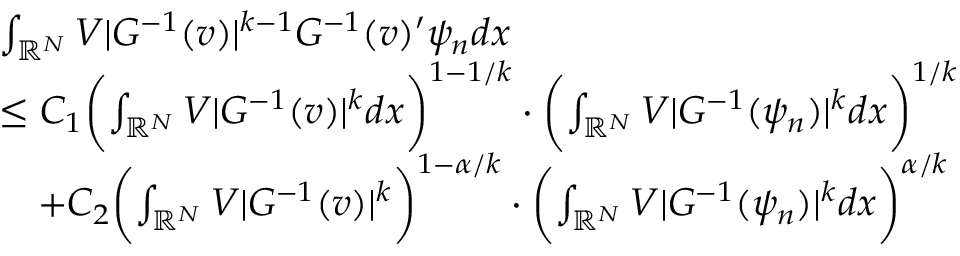
\begin{array} { r l } & { \int _ { \mathbb { R } ^ { N } } V | G ^ { - 1 } ( v ) | ^ { k - 1 } G ^ { - 1 } ( v ) ^ { \prime } \psi _ { n } d x } \\ & { \le C _ { 1 } \biggl ( \int _ { \mathbb { R } ^ { N } } V | G ^ { - 1 } ( v ) | ^ { k } d x \biggr ) ^ { 1 - 1 / k } \cdot \biggl ( \int _ { \mathbb { R } ^ { N } } V | G ^ { - 1 } ( \psi _ { n } ) | ^ { k } d x \biggr ) ^ { 1 / k } } \\ & { \quad + C _ { 2 } \biggl ( \int _ { \mathbb { R } ^ { N } } V | G ^ { - 1 } ( v ) | ^ { k } \biggr ) ^ { 1 - \alpha / k } \cdot \biggl ( \int _ { \mathbb { R } ^ { N } } V | G ^ { - 1 } ( \psi _ { n } ) | ^ { k } d x \biggr ) ^ { \alpha / k } } \end{array}